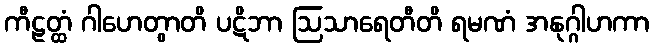
ကီဠတ္ထံ ဂါဟေတွာတိ ပဋိဘာ ဩသာရေတီတိ ရမဏံ အနုဂ္ဂါဟကာ